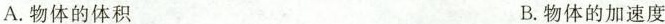
A.物体的体积 B.物体的加速度